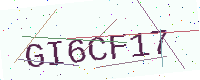
Text: GI6CF17